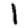
Digit: 1